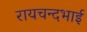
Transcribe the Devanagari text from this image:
रायचन्दभाई